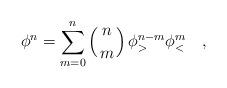
LaTeX: \begin{align*}\phi^n=\sum_{m=0}^n \left({n\atop m}\right)\phi_>^{n-m} \phi_<^m \quad,\end{align*}